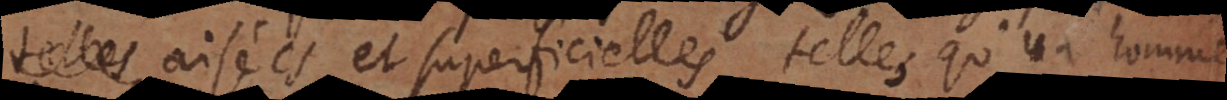
vagues aisées et superficielles, telles qu’un homme